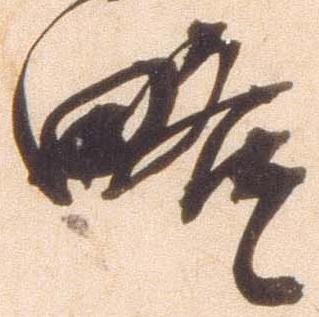
略